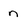
Character: n